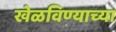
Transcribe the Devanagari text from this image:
खेळविण्याच्या